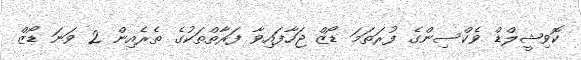
ކޮވިޝީލްޑް ވެކްސިންގެ ފުރަތަމަ ޑޯޒް ޖަހާފައިވާ ފަރާތްތަކުގެ ތެރެއިން 2 ވަނަ ޑޯޒް